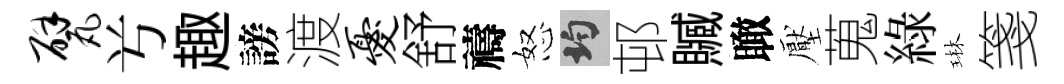
甓𠔃趣謗渡忧舒禱怒均邨贓瞰壓蒐綠琳箋